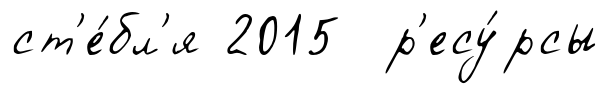
ст'е́бл'я 2015 р'есу́рсы